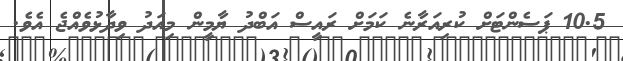
10.5 ޕަސެންޓަށް ކުރިއަރާނެ ކަމަށް ރައީސް އަބްދު ޔާމީން މިއަދު ވިދާޅުވެއްޖެ އެވެ.